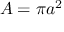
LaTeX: A = \pi a ^ { 2 }